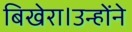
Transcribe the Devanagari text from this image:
बिखेरा।उन्होंने